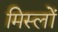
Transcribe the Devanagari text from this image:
मिस्लों